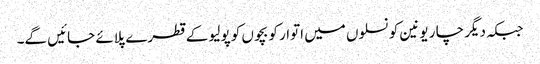
جبکہ دیگر چا ر یونین کونسلوں میں اتوار کو بچوں کو پولیو کے قطرے پلائے جائیں گے۔